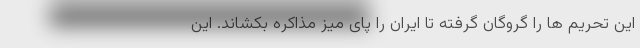
این تحریم ها را گروگان گرفته تا ایران را پای میز مذاکره بکشاند. این